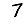
Digit: 7